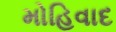
મોહિવાદ